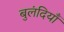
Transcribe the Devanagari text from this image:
बुलंदियाँ